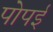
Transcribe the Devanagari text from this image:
पोपई